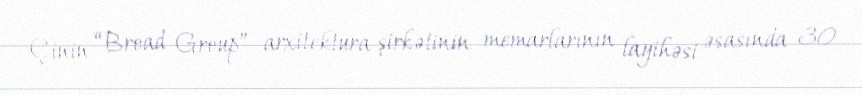
Çinin “Broad Group” arxitektura şirkətinin memarlarının layihəsi əsasında 30